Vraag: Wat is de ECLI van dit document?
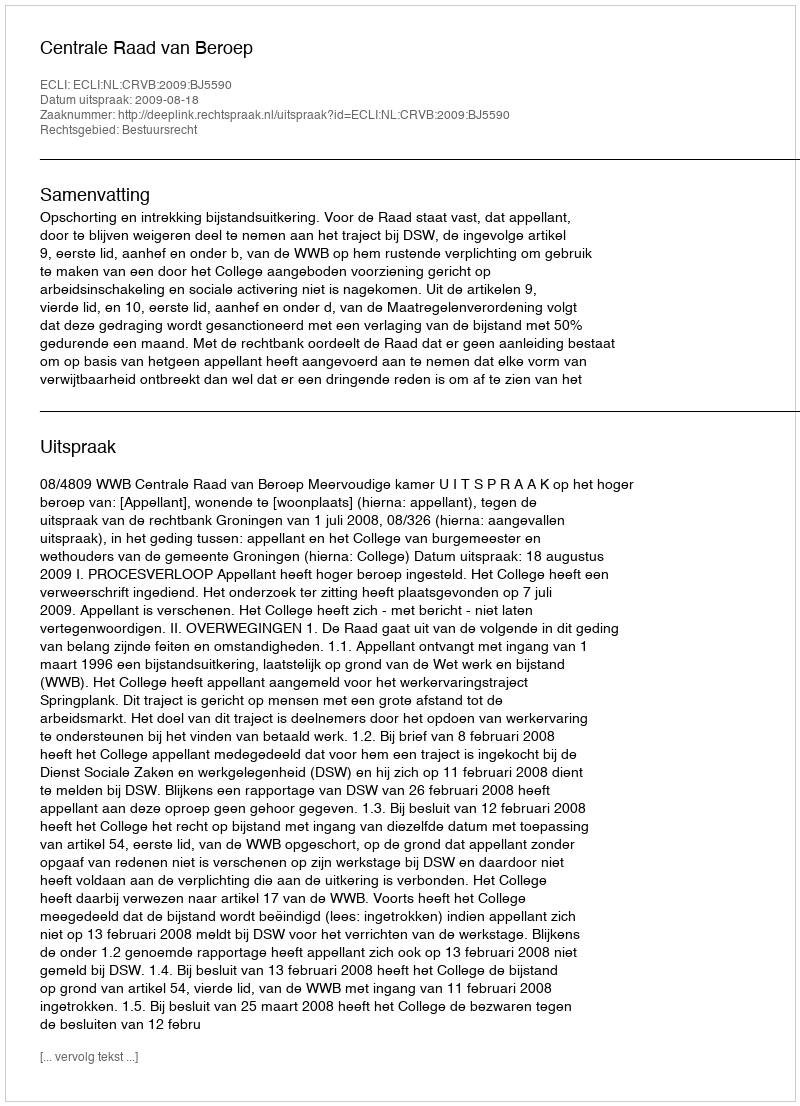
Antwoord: ECLI:NL:CRVB:2009:BJ5590